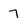
Character: 7